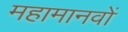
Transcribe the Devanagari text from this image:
महामानवों